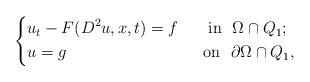
LaTeX: \begin{align*}\left\{\begin{aligned}&u_t-F(D^2u,x,t)=f&& ~~\mbox{ in}~~\Omega\cap Q_1;\\&u=g&& ~~\mbox{on}~~\partial \Omega\cap Q_1,\end{aligned}\right.\end{align*}